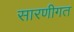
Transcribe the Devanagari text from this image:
सारणीगत